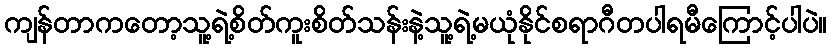
ကျန်တာကတော့သူ့ရဲ့စိတ်ကူးစိတ်သန်းနဲ့သူ့ရဲ့မယုံနိုင်စရာဂီတပါရမီကြောင့်ပါပဲ။